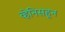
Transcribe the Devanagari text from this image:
व्हेनिसहून